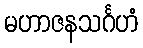
မဟာဇနသင်္ဂဟံ